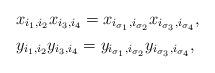
LaTeX: \begin{align*} & x_{i_{1},i_{2}}x_{i_{3},i_{4}}=x_{i_{\sigma_{1}},i_{\sigma_{2}}}x_{i_{\sigma_{3}},i_{\sigma_{4}}},\\ & y_{i_{1},i_{2}}y_{i_{3},i_{4}}=y_{i_{\sigma_{1}},i_{\sigma_{2}}}y_{i_{\sigma_{3}},i_{\sigma_{4}}},\end{align*}